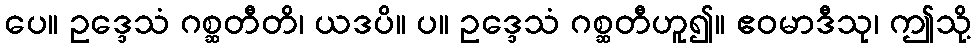
ပေ။ ဥဒ္ဒေသံ ဂစ္ဆတီတိ၊ ယဒပိ။ ပ။ ဥဒ္ဒေသံ ဂစ္ဆတီဟူ၍။ ဧဝမာဒီသု၊ ဤသို့